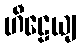
ဟီဠေယျ